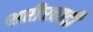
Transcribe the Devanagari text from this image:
शरीरवादी